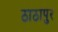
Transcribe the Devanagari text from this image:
ठाठापुर